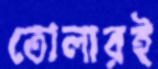
তোলারই